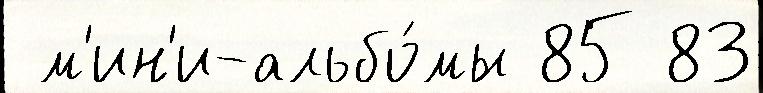
 м'ин'и-альбо́мы 85 83